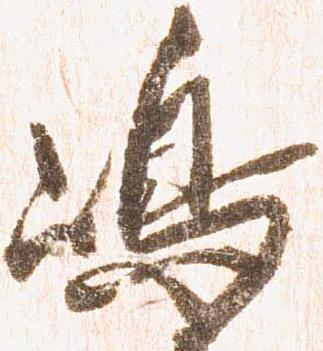
嶋